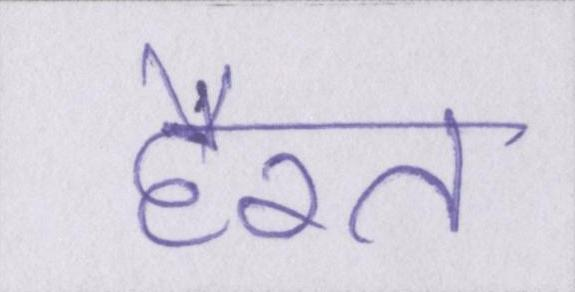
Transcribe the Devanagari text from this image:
हैरत